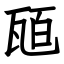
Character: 瓸